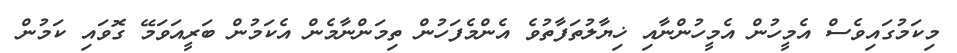
މިކަމުގައިވެސް އެމީހުން އެމީހުންނާއި ޚިޔާލުތަފާތުވެ އެންމެފަހުން ތިމަންނާމެން އެކަމުން ބަރީއަވަމޭ ގޮވައި ކަމުން